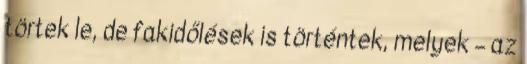
törtek le, de fakidőlések is történtek, melyek – az